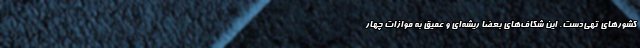
کشورهای تهی‌دست. این شکاف‌های بعضاً ریشه‌ای و عمیق به موازات چهار